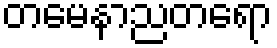
တမေနာညတရော